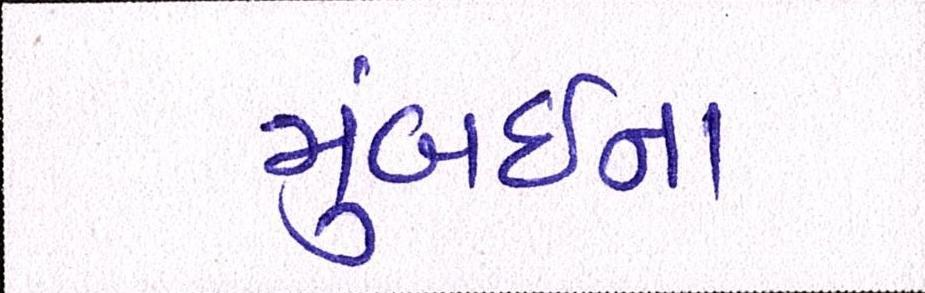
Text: મુંબઇના